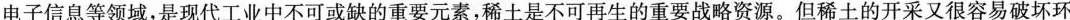
电子信息等领域，是现代工业中不可或缺的重要元素，稀土是不可再生的重要战略资源。但稀土的开采又很容易破坏环